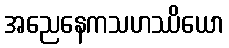
အညေနေကသဟဿိယော